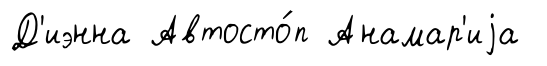
Д'иэнна Автосто́п Анамар'иjа